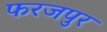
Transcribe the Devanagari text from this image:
फरजपुर